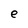
Character: e